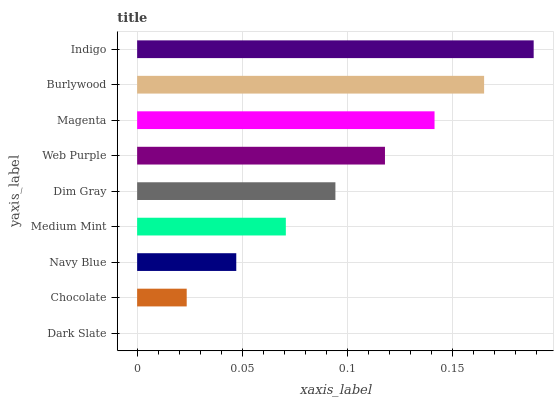
| yaxis_label | bars |
 | --- | --- |
 | Dark Slate | 0 |
 | Chocolate | 0.0236 |
 | Navy Blue | 0.0471 |
 | Medium Mint | 0.0707 |
 | Dim Gray | 0.0943 |
 | Web Purple | 0.118 |
 | Magenta | 0.141 |
 | Burlywood | 0.165 |
 | Indigo | 0.189 |